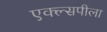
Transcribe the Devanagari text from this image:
एक्ल्सपीला